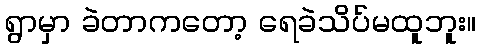
ရွာမှာ ခဲတာကတော့ ရေခဲသိပ်မထူဘူး။